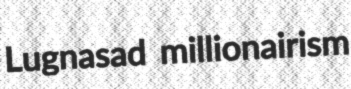
Lugnasad millionairism